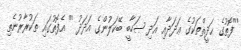
'''ފޮތުގެ ޙަދީޘްތަކުގެ ޢަދަދާއި އަދި ޞަހާބީ ބޭކަލުންގެ އަދަދު ''' އެފޮތުގައި ތަކުރާރުނެތި